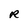
Character: R